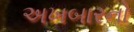
અખબારનો